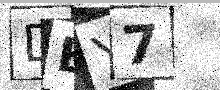
Text: DEY7